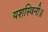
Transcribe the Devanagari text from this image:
यशस्विनी॥